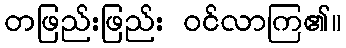
တဖြည်းဖြည်း ဝင်လာကြ၏။